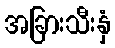
အခြားသီးနှံ